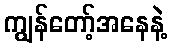
ကျွန်တော့်အနေနဲ့